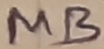
Text: MB